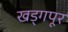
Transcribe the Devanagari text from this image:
खड्गपूर